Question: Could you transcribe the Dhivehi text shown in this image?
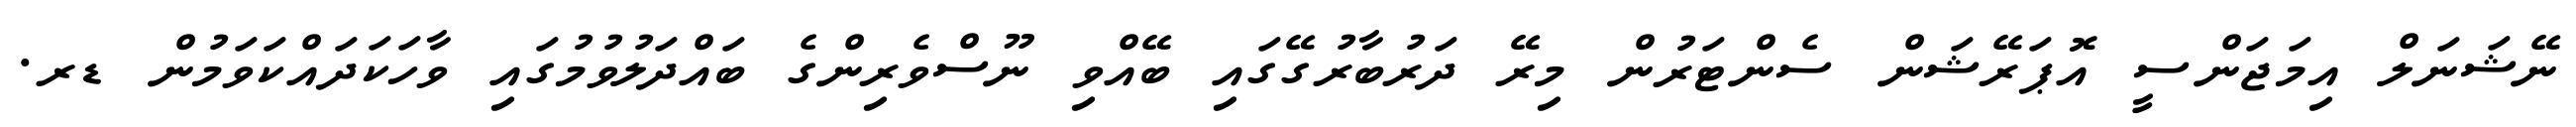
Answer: ނޭޝަނަލް އިމަޖަންސީ އޮޕަރޭޝަން ސެންޓަރުން މިރޭ ދަރުބާރުގޭގައި ބޭއްވި ނޫސްވެރިންގެ ބައްދަލުވުމުގައި ވާހަކަދައްކަވަމުން ޑރ.